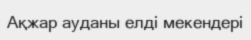
Ақжар ауданы елді мекендері